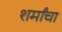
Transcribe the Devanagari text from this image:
शर्मांचा